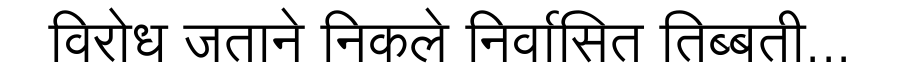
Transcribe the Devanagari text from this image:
विरोध जताने निकले निर्वासित तिब्बती...